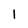
Character: 1